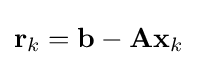
\mathbf {r} _{k}=\mathbf {b} -\mathbf {Ax} _{k}